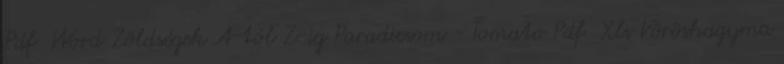
Pdf Word Zöldségek A-tól Z-ig Paradicsom - Tomato Pdf Xls Vöröshagyma